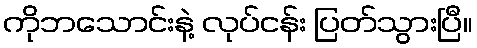
ကိုဘသောင်းနဲ့ လုပ်ငန်း ပြတ်သွားပြီ။